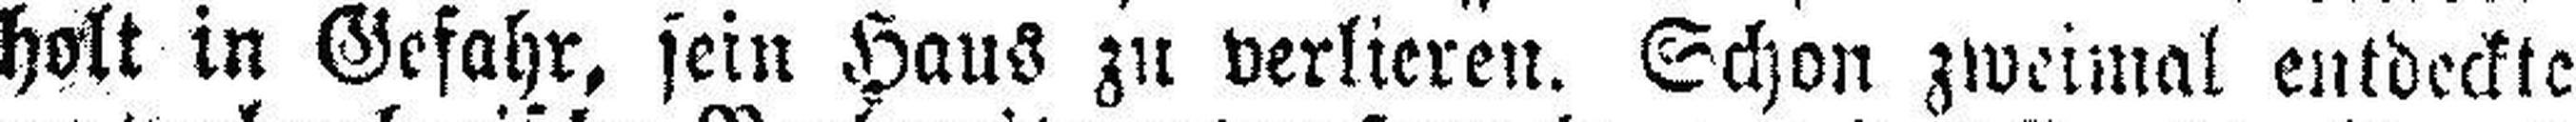
holt in Gefahr, sein Haus zu verlieren. Schon zweimal entdeckte